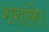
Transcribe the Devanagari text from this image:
शशांके।